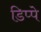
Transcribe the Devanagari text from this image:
डिप्‍पे